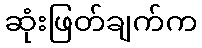
ဆုံးဖြတ်ချက်က